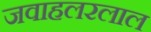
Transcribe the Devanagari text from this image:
जवाहलरलाल